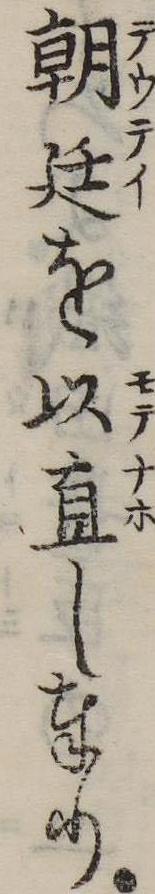
朝廷を以直し奉り